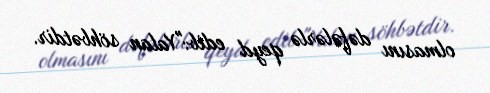
olmasını dəfələrlə qeyd edib:"Yalan söhbətdir.